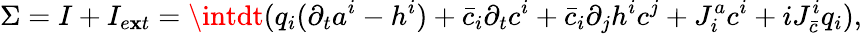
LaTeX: \Sigma=I+I_{e\mathbf{x}t}=\intdt(q_{i}(\partial_{t}a^{i}-h^{i})+\bar{{c}}_{i}\partial_{t}c^{i}+\bar{{c}}_{i}\partial_{j}h^{i}c^{j}+J_{i}^{a}c^{i}+iJ_{\bar{{c}}}^{i}q_{i}),